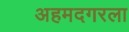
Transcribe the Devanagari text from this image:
अहमदगरला